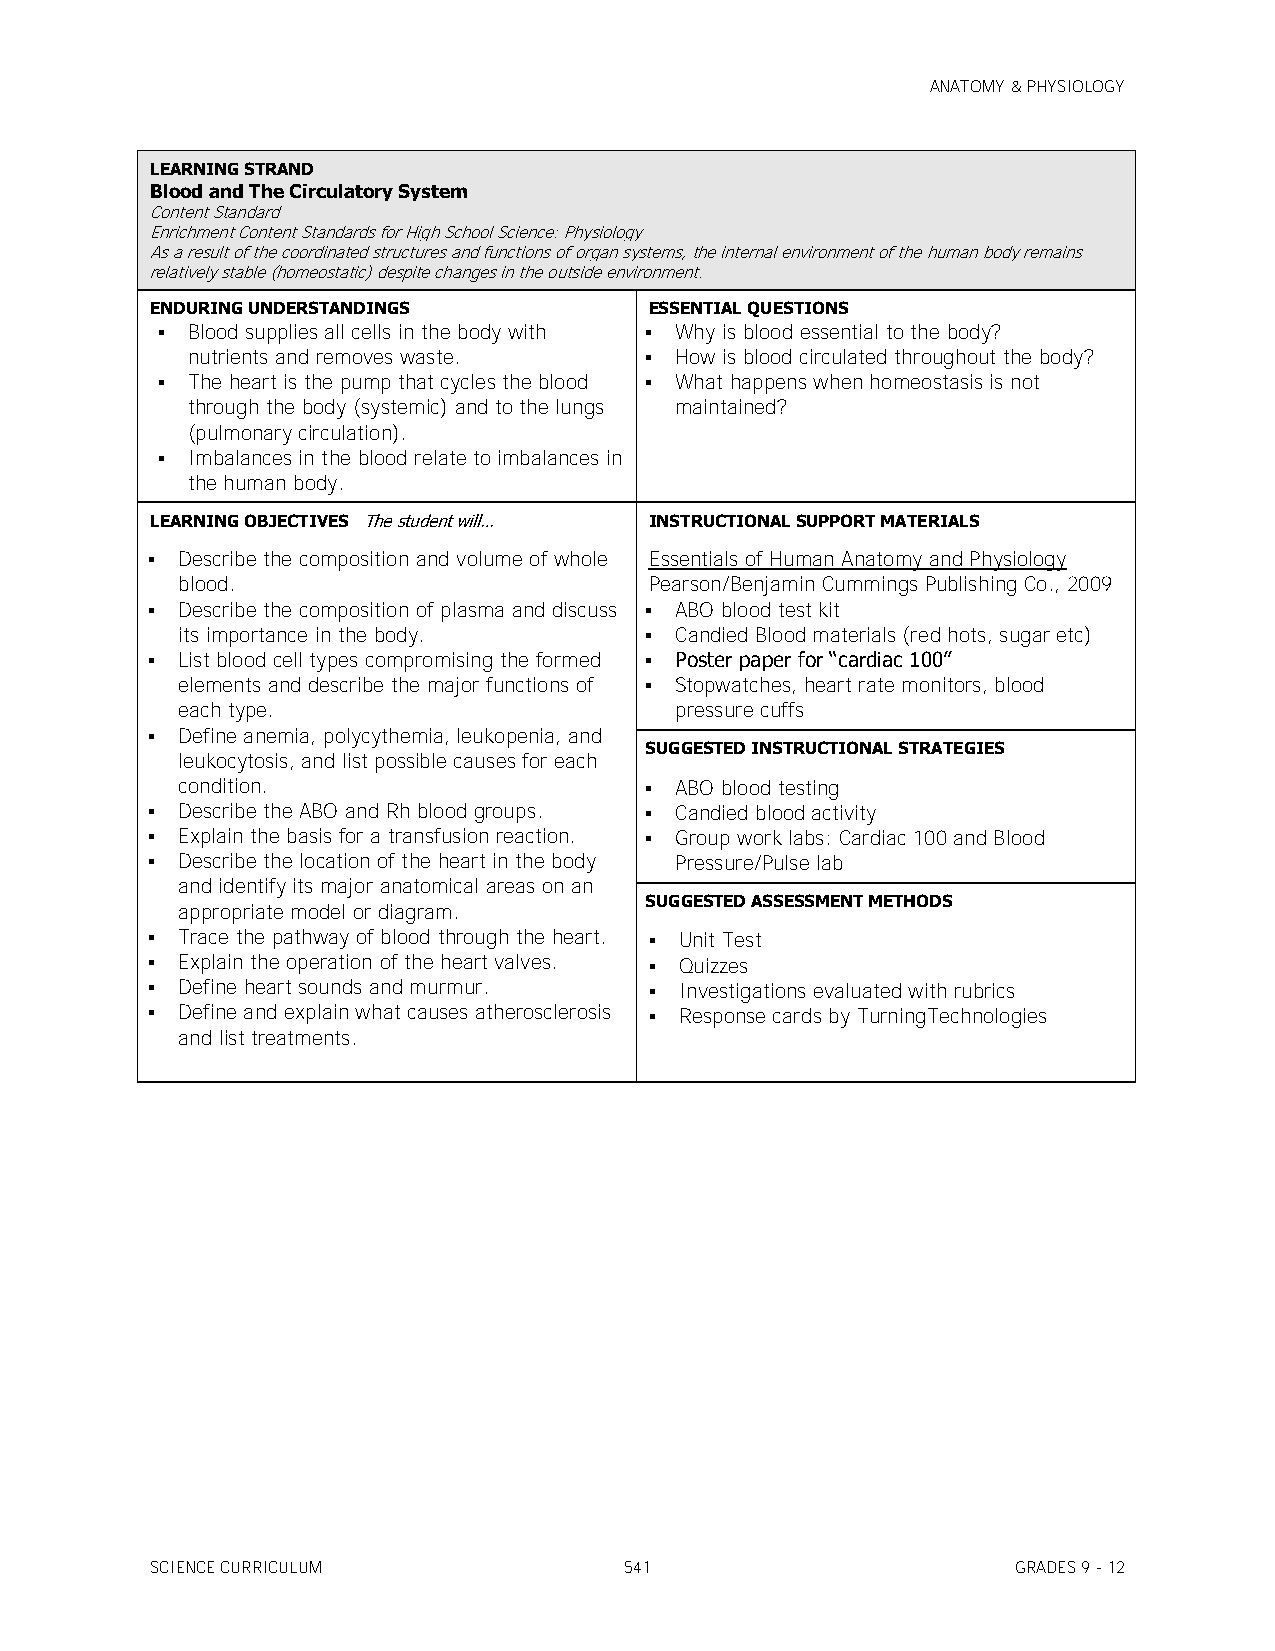
ANATOMY & PHYSIOLOGY
 LEARNING STRAND
 Blood and The Circulatory System
 Content Standard
 Enrichment Content Standards for High School Science: Physiology
 As a result of the coordinated structures and functions of organ systems, the internal environment of the human body remains
 relatively stable (homeostatic) despite changes in the outside environment.
 ENDURING UNDERSTANDINGS          ESSENTIAL QUESTIONS
  Blood supplies all cells in the body with  Why is blood essential to the body?
 nutrients and removes waste.    How is blood circulated throughout the body?
  The heart is the pump that cycles the blood  What happens when homeostasis is not
 through the body (systemic) and to the lungs maintained?
 (pulmonary circulation).
  Imbalances in the blood relate to imbalances in
 the human body.
 LEARNING OBJECTIVES The student will… INSTRUCTIONAL SUPPORT MATERIALS
  Describe the composition and volume of whole Essentials of Human Anatomy and Physiology
 blood.                         Pearson/Benjamin Cummings Publishing Co., 2009
  Describe the composition of plasma and discuss  ABO blood test kit
 its importance in the body.     Candied Blood materials (red hots, sugar etc)
  List blood cell types compromising the formed  Poster paper for ―cardiac 100‖
 elements and describe the major functions of  Stopwatches, heart rate monitors, blood
 each type.                       pressure cuffs
  Define anemia, polycythemia, leukopenia, and
 SUGGESTED INSTRUCTIONAL STRATEGIES
 leukocytosis, and list possible causes for each
 condition.                      ABO blood testing
  Describe the ABO and Rh blood groups.  Candied blood activity
  Explain the basis for a transfusion reaction.  Group work labs: Cardiac 100 and Blood
  Describe the location of the heart in the body Pressure/Pulse lab
 and identify its major anatomical areas on an
 SUGGESTED ASSESSMENT METHODS
 appropriate model or diagram.
  Trace the pathway of blood through the heart.  Unit Test
  Explain the operation of the heart valves.  Quizzes
  Define heart sounds and murmur.  Investigations evaluated with rubrics
  Define and explain what causes atherosclerosis  Response cards by TurningTechnologies
 and list treatments.
 SCIENCE CURRICULUM             541                       GRADES 9 - 12